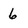
Character: 6